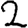
Digit: 2